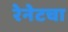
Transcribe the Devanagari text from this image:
रेनेटचा